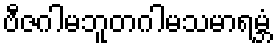
ဗီဇဂါမဘူတဂါမသမာရမ္ဘံ